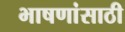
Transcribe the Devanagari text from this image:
भाषणांसाठी